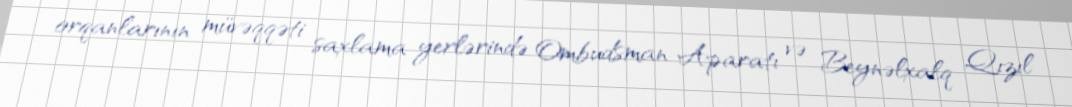
orqanlarının müvəqqəti saxlama yerlərində Ombudsman Aparatı və Beynəlxalq Qızıl